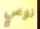
نوعي